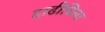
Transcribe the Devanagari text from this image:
दाढीविना